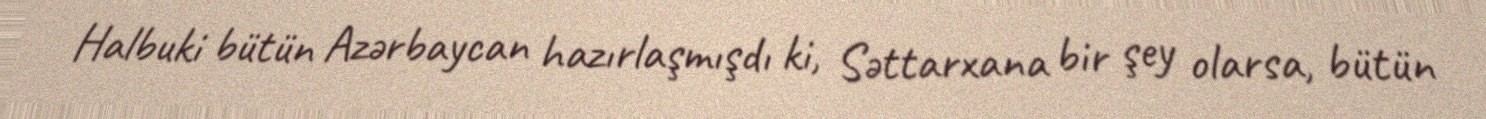
Halbuki bütün Azərbaycan hazırlaşmışdı ki, Səttarxana bir şey olarsa, bütün